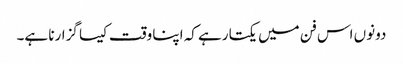
دونوں اس فن میں یکتا رہے کہ اپنا وقت کیسا گزارنا ہے۔